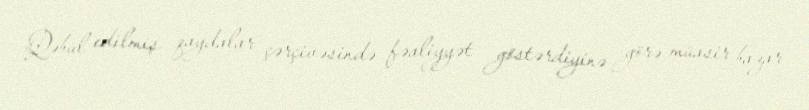
Qəbul edilmiş qaydalar çərçivəsində fəaliyyət göstərdiyinə görə müasir bazar